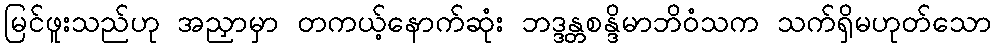
မြင်ဖူးသည်ဟု အညှာမှာ တကယ့်နောက်ဆုံး ဘဒ္ဒန္တစန္ဒိမာဘိဝံသက သက်ရှိမဟုတ်သော